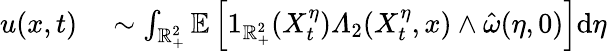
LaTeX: \begin{array}{rl}{u(x,t)}&{{}\sim\int_{\mathbb{R}_{+}^{2}}\mathbb{E}\left[1_{\mathbb{R}_{+}^{2}}(X_{t}^{\eta})\varLambda_{2}(X_{t}^{\eta},x)\wedge\hat{\omega}(\eta,0)\right]\mathrm{d}\eta}\end{array}